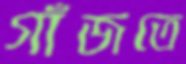
গাঁজতে